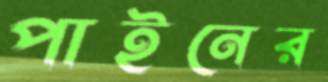
পাইনের